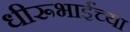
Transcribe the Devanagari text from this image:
धीरूभाईंच्या